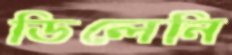
ডিলেনি